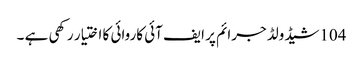
104شیڈولڈ جرائم پر ایف آئی کاروائی کا اختیار رکھی ہے ۔